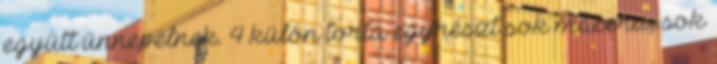
együtt ünnepelnek. 4 külön torta egyrészt sok macera, sok